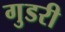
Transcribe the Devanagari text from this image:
गुडरी